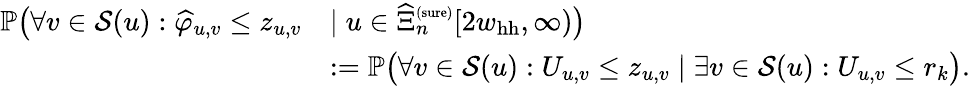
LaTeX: \begin{array}{rl}{\mathbb{P}\big(\forall v\in{\mathcal S}(u):\widehat\varphi_{u,v}\le z_{u,v}}&{\mid u\in\widehat\Xi_{n}^{\scriptscriptstyle(\mathrm{sure})}[2w_{\mathrm{hh}},\infty)\big)}\\ &{:=\mathbb{P}\big(\forall v\in{\mathcal S}(u):U_{u,v}\le z_{u,v}\mid\exists v\in{\mathcal S}(u):U_{u,v}\le r_{k}\big).}\end{array}